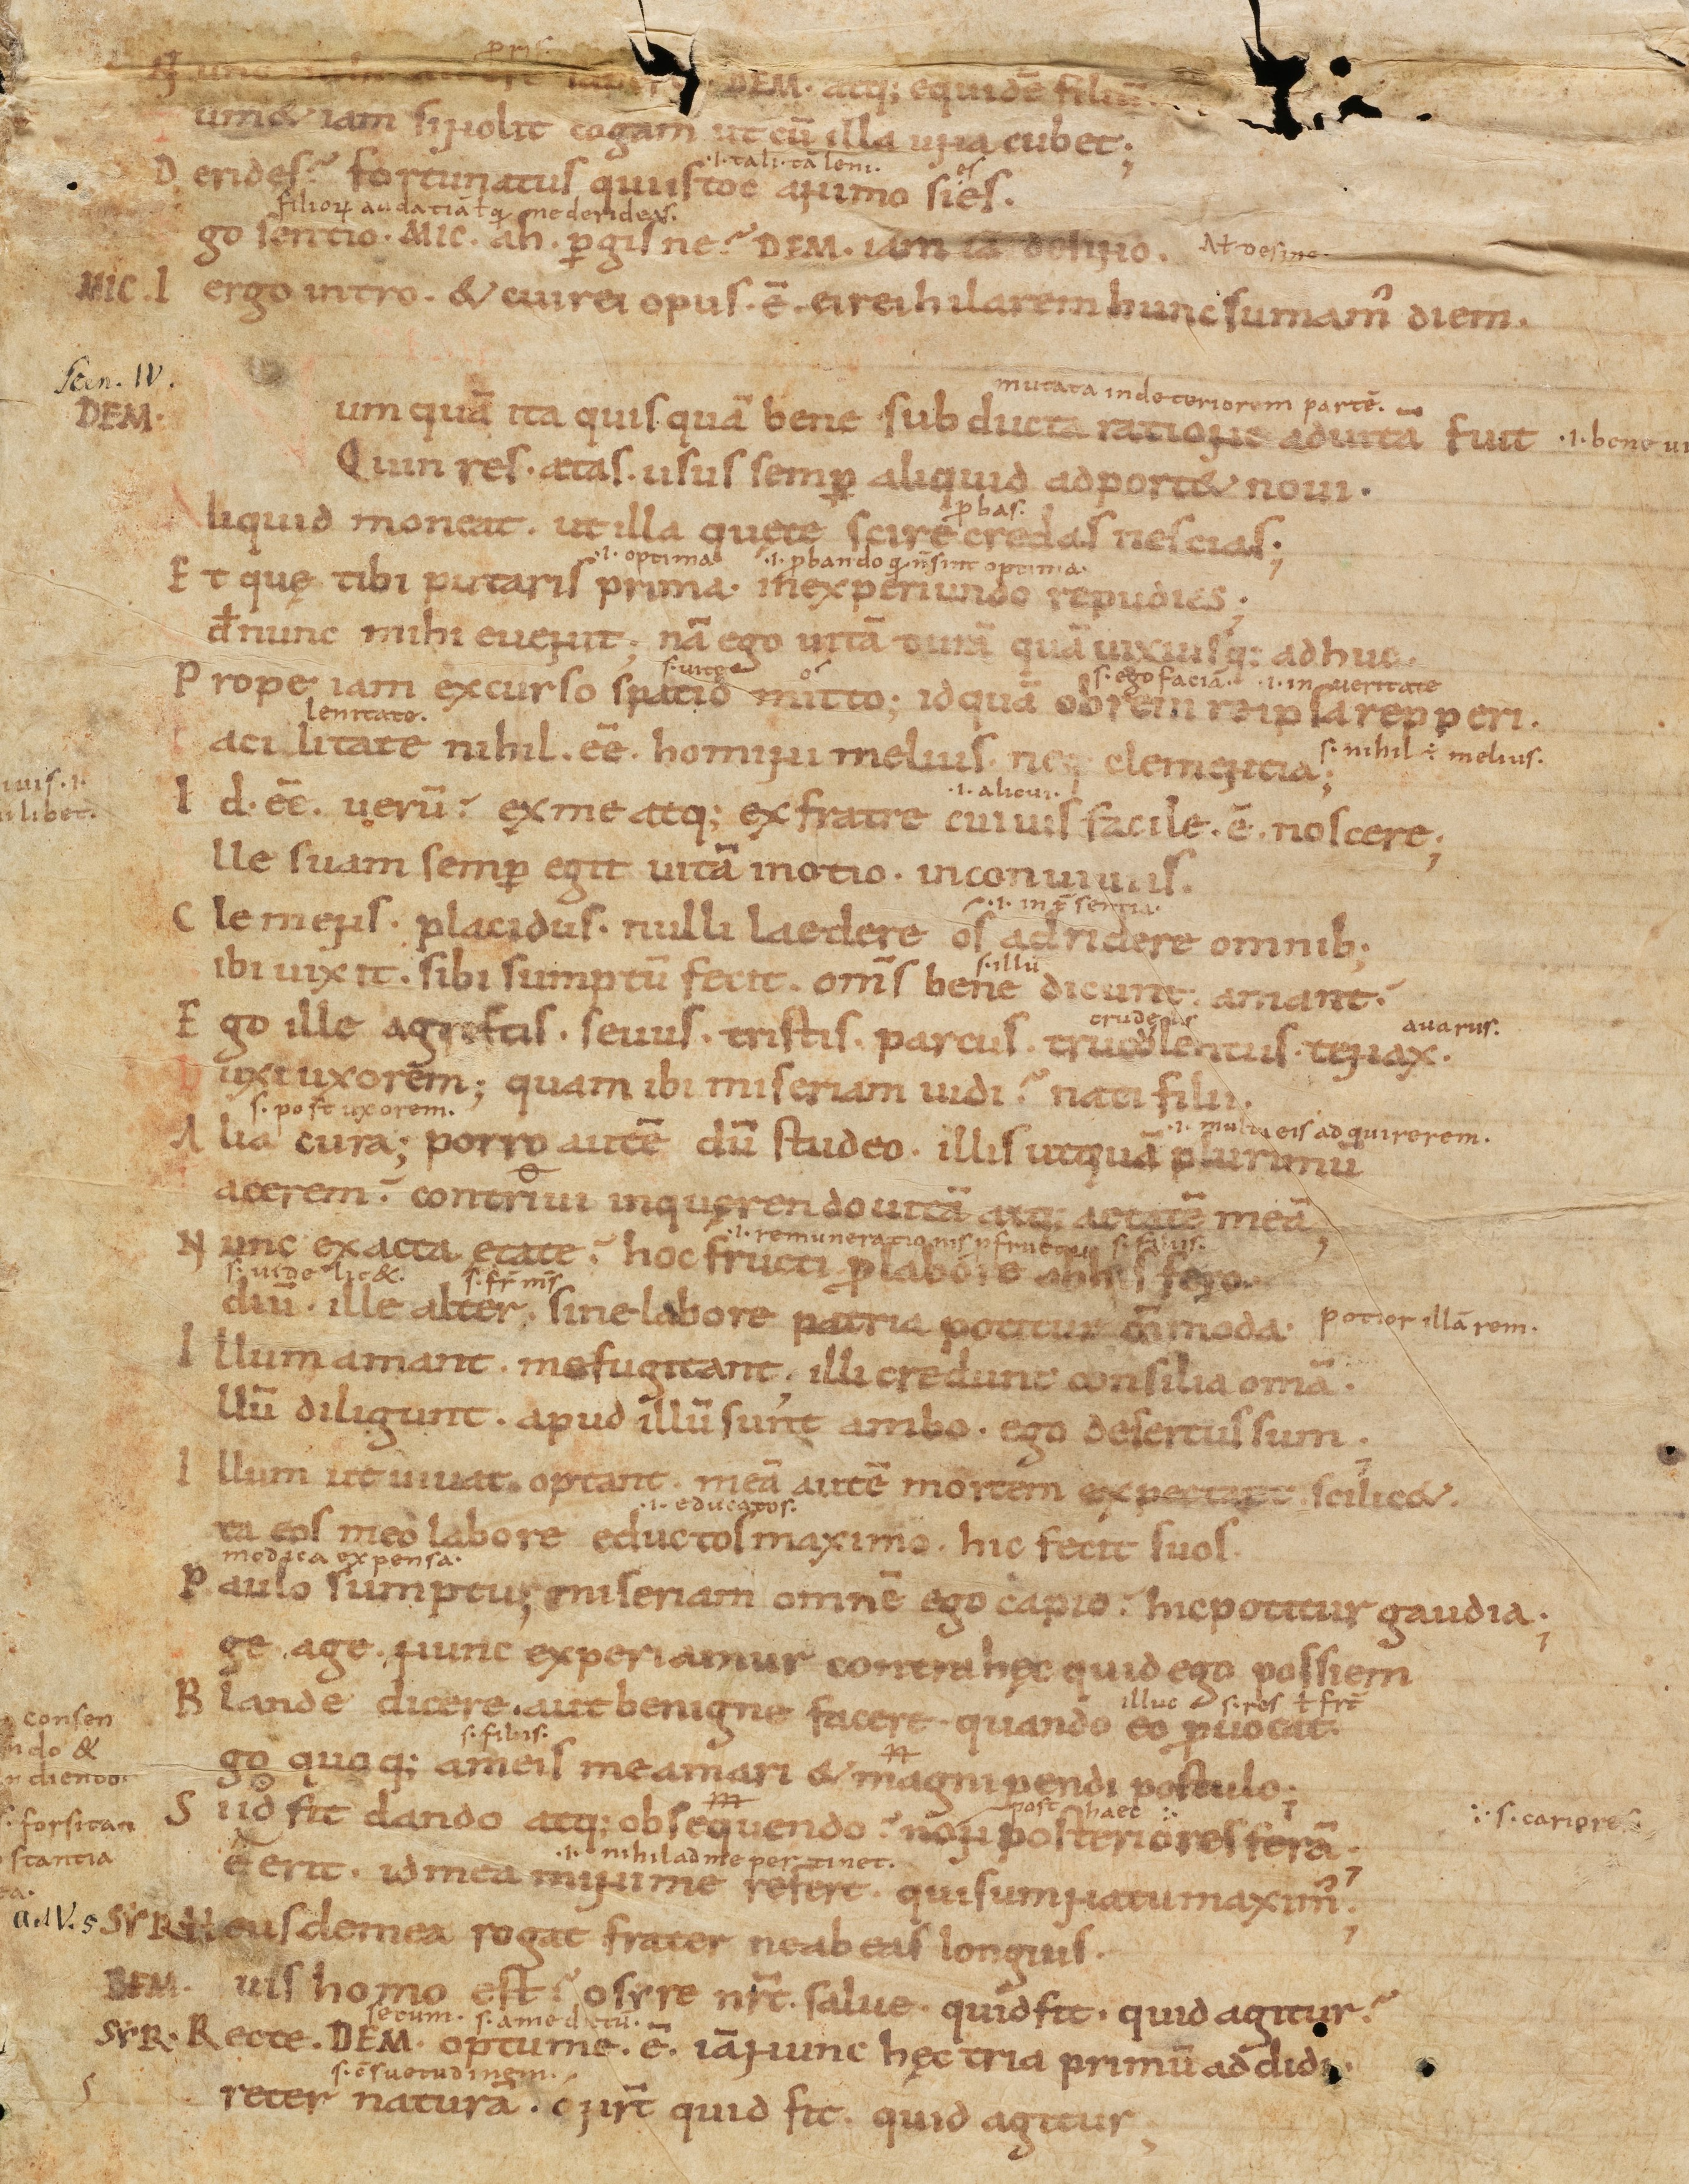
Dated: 950–999